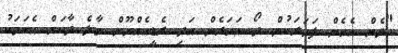
"ދެން އެހެން ފަހަރަކުން ދޯ އަހަރެން އަދި ރެޑީއެއްނޫން މާލެ ދާކަށް އެކަމަކު